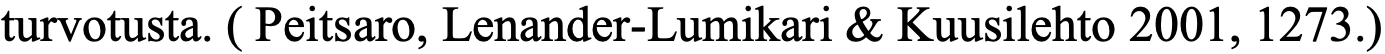
turvotusta. ( Peitsaro, Lenander-Lumikari & Kuusilehto 2001, 1273.)